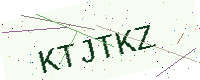
Text: KTJTKZ